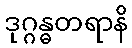
ဒုဂ္ဂန္ဓတရာနိ